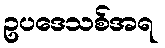
ဥပဒေသစ်အရ